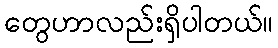
တွေဟာလည်းရှိပါတယ်။